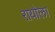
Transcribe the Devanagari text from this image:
रायोला